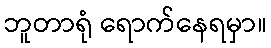
ဘူတာရုံ ရောက်နေရမှာ။